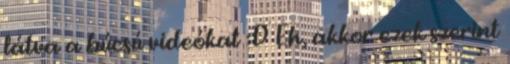
látva a búcsú videókat :D Eh, akkor ezek szerint